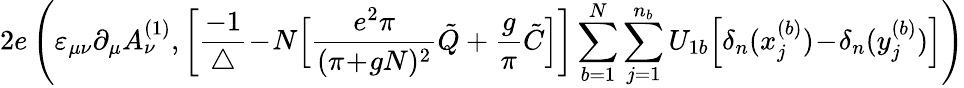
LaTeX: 2e\left(\varepsilon_{\mu\nu}\partial_{\mu}A_{\nu}^{(1)},\bigg[\frac{-1}{\triangle}\! -\! N\Big[\frac{e^{2}\pi}{(\pi\! +\! gN)^{2}}\tilde{Q}+\frac{g}{\pi}\tilde{C}\Big]\bigg]\sum_{b=1}^{N}\sum_{j=1}^{n_{b}}U_{1b}\Big[\delta_{n}(x_{j}^{(b)})\! -\! \delta_{n}(y_{j}^{(b)})\Big]\right)